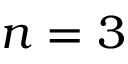
{ n = 3 }